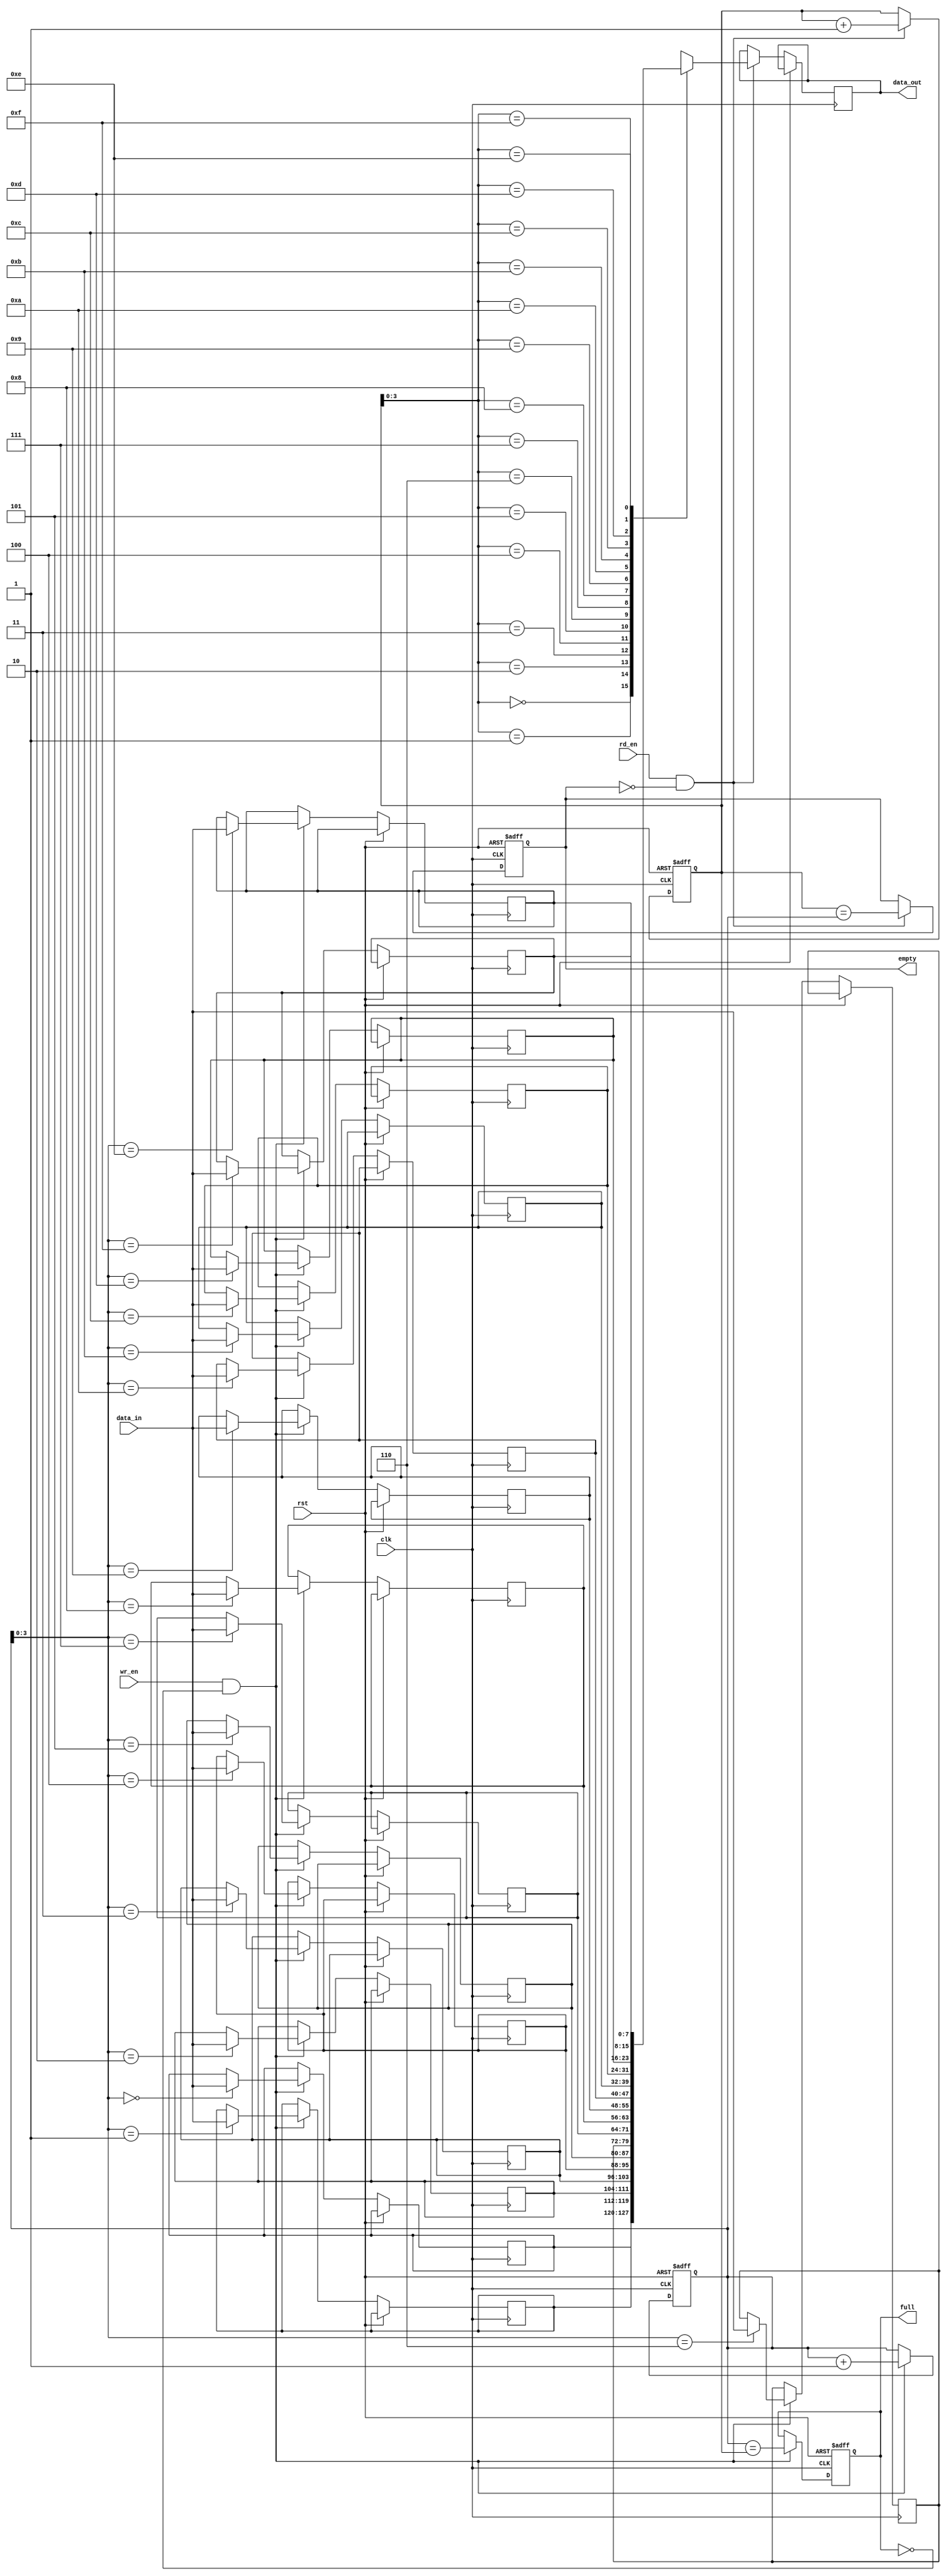
module circular_fifo #(
    parameter WIDTH = 8, // Width of data in bits
    parameter DEPTH = 16 // Depth of FIFO buffer
)(
    input wire clk, // Clock signal
    input wire rst, // Reset signal
    input wire wr_en, // Write enable signal
    input wire rd_en, // Read enable signal
    input wire [WIDTH-1:0] data_in, // Input data
    output reg [WIDTH-1:0] data_out, // Output data
    output reg empty, // Empty flag
    output reg full // Full flag
);

reg [WIDTH-1:0] buffer [DEPTH-1:0];
reg [DEPTH-1:0] read_ptr, write_ptr;

always @(posedge clk or posedge rst) begin
    if (rst) begin
        read_ptr <= 0;
        write_ptr <= 0;
        empty <= 1;
        full <= 0;
    end else begin
        if (wr_en && !full) begin
            buffer[write_ptr] <= data_in;
            write_ptr <= write_ptr + 1;
            full <= (write_ptr == read_ptr);
        end
        if (rd_en && !empty) begin
            data_out <= buffer[read_ptr];
            read_ptr <= read_ptr + 1;
            empty <= (read_ptr == write_ptr);
        end
    end
end

endmodule